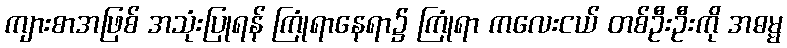
ကျားစာအဖြစ် အသုံးပြုရန် ကြုံရာနေရာ၌ ကြုံရာ ကလေးငယ် တစ်ဦးဦးကို အဓမ္မ